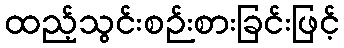
ထည့်သွင်းစဉ်းစားခြင်းဖြင့်